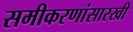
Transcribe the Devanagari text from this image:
समीकरणांसारखी